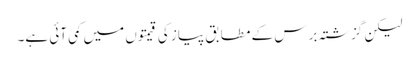
لیکن گزشتہ برس کے مطابق پیاز کی قیمتوں میں کمی آئی ہے۔